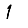
Digit: 1